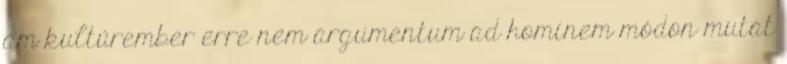
ám kultúrember erre nem argumentum ad hominem módon mutat